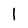
Character: 1